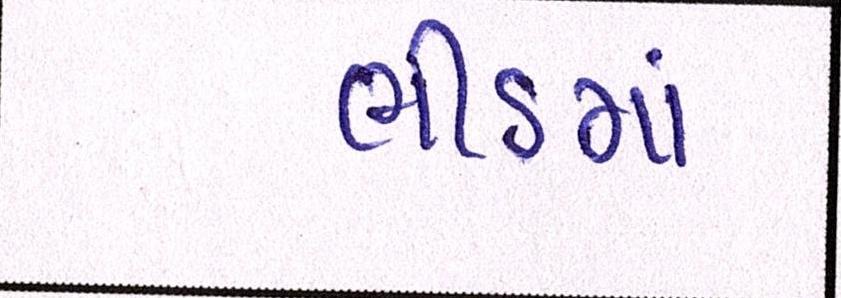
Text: ભીડમાં